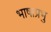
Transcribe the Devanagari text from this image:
भाषाप्रभु